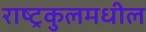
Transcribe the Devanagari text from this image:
राष्ट्रकुलमधील